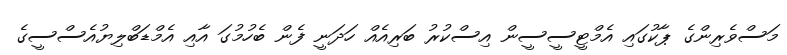
މަސްވެރިންގެ ޕާކުގައި އެމްޓީސީސީން އިސްކުރު ބަރިއެއް ހަދަނީ ފެން ބެހުމުގަ އާއި އެމްޑަބްލިޔުއެސްސީގެ